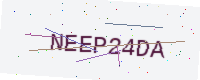
Text: NEEP24DA